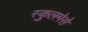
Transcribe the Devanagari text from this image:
स्कुलमेसे